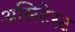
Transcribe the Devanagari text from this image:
असिटेस्ट